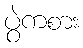
ပွဲကစား